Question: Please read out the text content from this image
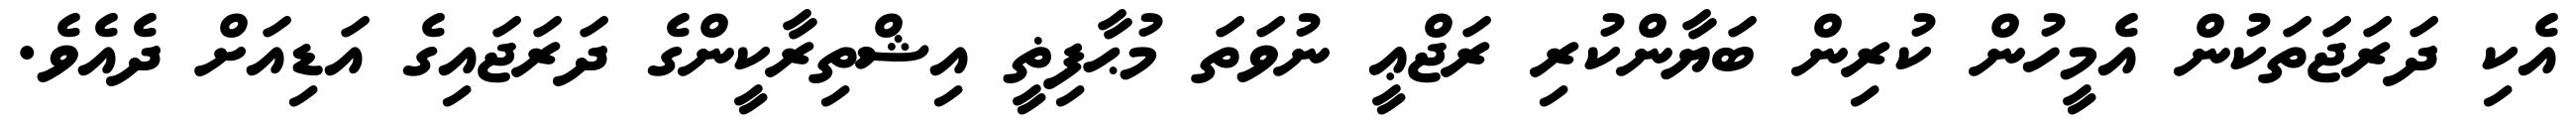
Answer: އެކި ދަރަޖަތަކުން އެމީހުން ކުރިން ބަޔާންކުރި ރަޖްޢީ ނުވަތަ މުޙާފިޡީ އިޝްތިރާކީންގެ ދަރަޖައިގެ އަޑިއަށް ދެއެވެ.